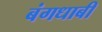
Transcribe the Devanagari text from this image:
बंगधाबी